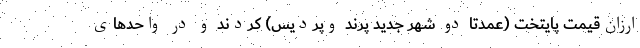
ارزان‌‌قیمت پایتخت (عمدتا دو شهر جدید پرند وپردیس) کردند و در واحدهای